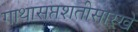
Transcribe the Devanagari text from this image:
गाथासप्तशतीसारखे